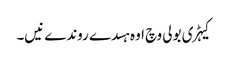
کیہڑی بولی وچ اوہ ہسدے روندے نیں۔